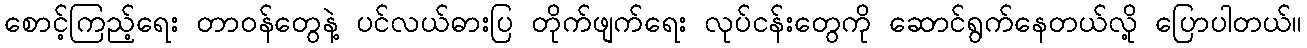
စောင့်ကြည့်ရေး တာဝန်တွေနဲ့ ပင်လယ်ဓားပြ တိုက်ဖျက်ရေး လုပ်ငန်းတွေကို ဆောင်ရွက်နေတယ်လို့ ပြောပါတယ်။